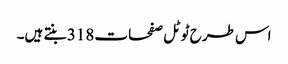
اس طرح ٹوٹل صفحات 318 بنتے ہیں۔